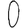
Digit: 0